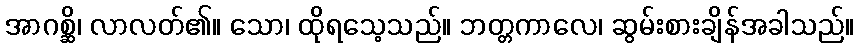
အာဂစ္ဆိ၊ လာလတ်၏။ သော၊ ထိုရသေ့သည်။ ဘတ္တကာလေ၊ ဆွမ်းစားချိန်အခါသည်။